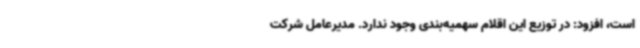
است، افزود: در توزیع این اقلام سهمیه‌بندی وجود ندارد. مدیرعامل شرکت